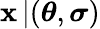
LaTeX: {\mathbf x}\, |(\boldsymbol\theta,\boldsymbol\sigma)